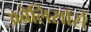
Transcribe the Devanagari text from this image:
अबेलिसॉर्स